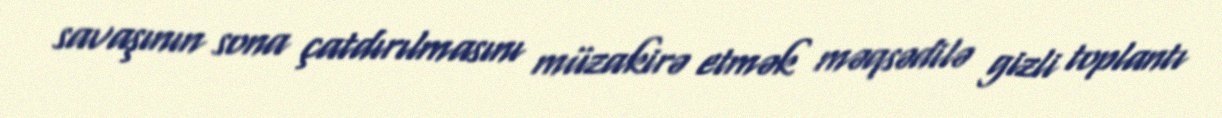
savaşının sona çatdırılmasını müzakirə etmək məqsədilə gizli toplantı